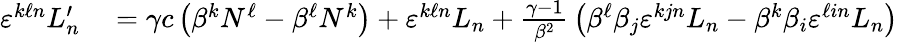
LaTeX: \begin{array}{rl}{\varepsilon^{k\ell n}L_{n}^{\prime}}&{{}=\gamma c\left(\beta^{k}N^{\ell}-\beta^{\ell}N^{k}\right)+\varepsilon^{k\ell n}L_{n}+{\frac{\gamma-1}{\beta^{2}}}\left(\beta^{\ell}\beta_{j}\varepsilon^{kjn}L_{n}-\beta^{k}\beta_{i}\varepsilon^{\ell in}L_{n}\right)}\end{array}